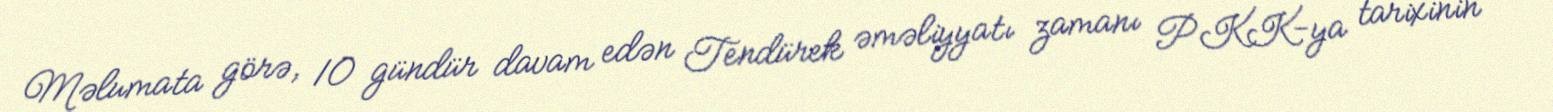
Məlumata görə, 10 gündür davam edən Tendürek əməliyyatı zamanı PKK-ya tarixinin